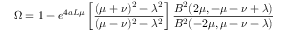
\Omega = 1 - e ^ { 4 a L \mu } \left[ \frac { ( \mu + \nu ) ^ { 2 } - \lambda ^ { 2 } } { ( \mu - \nu ) ^ { 2 } - \lambda ^ { 2 } } \right] \frac { B ^ { 2 } ( 2 \mu , - \mu - \nu + \lambda ) } { B ^ { 2 } ( - 2 \mu , \mu - \nu - \lambda ) }